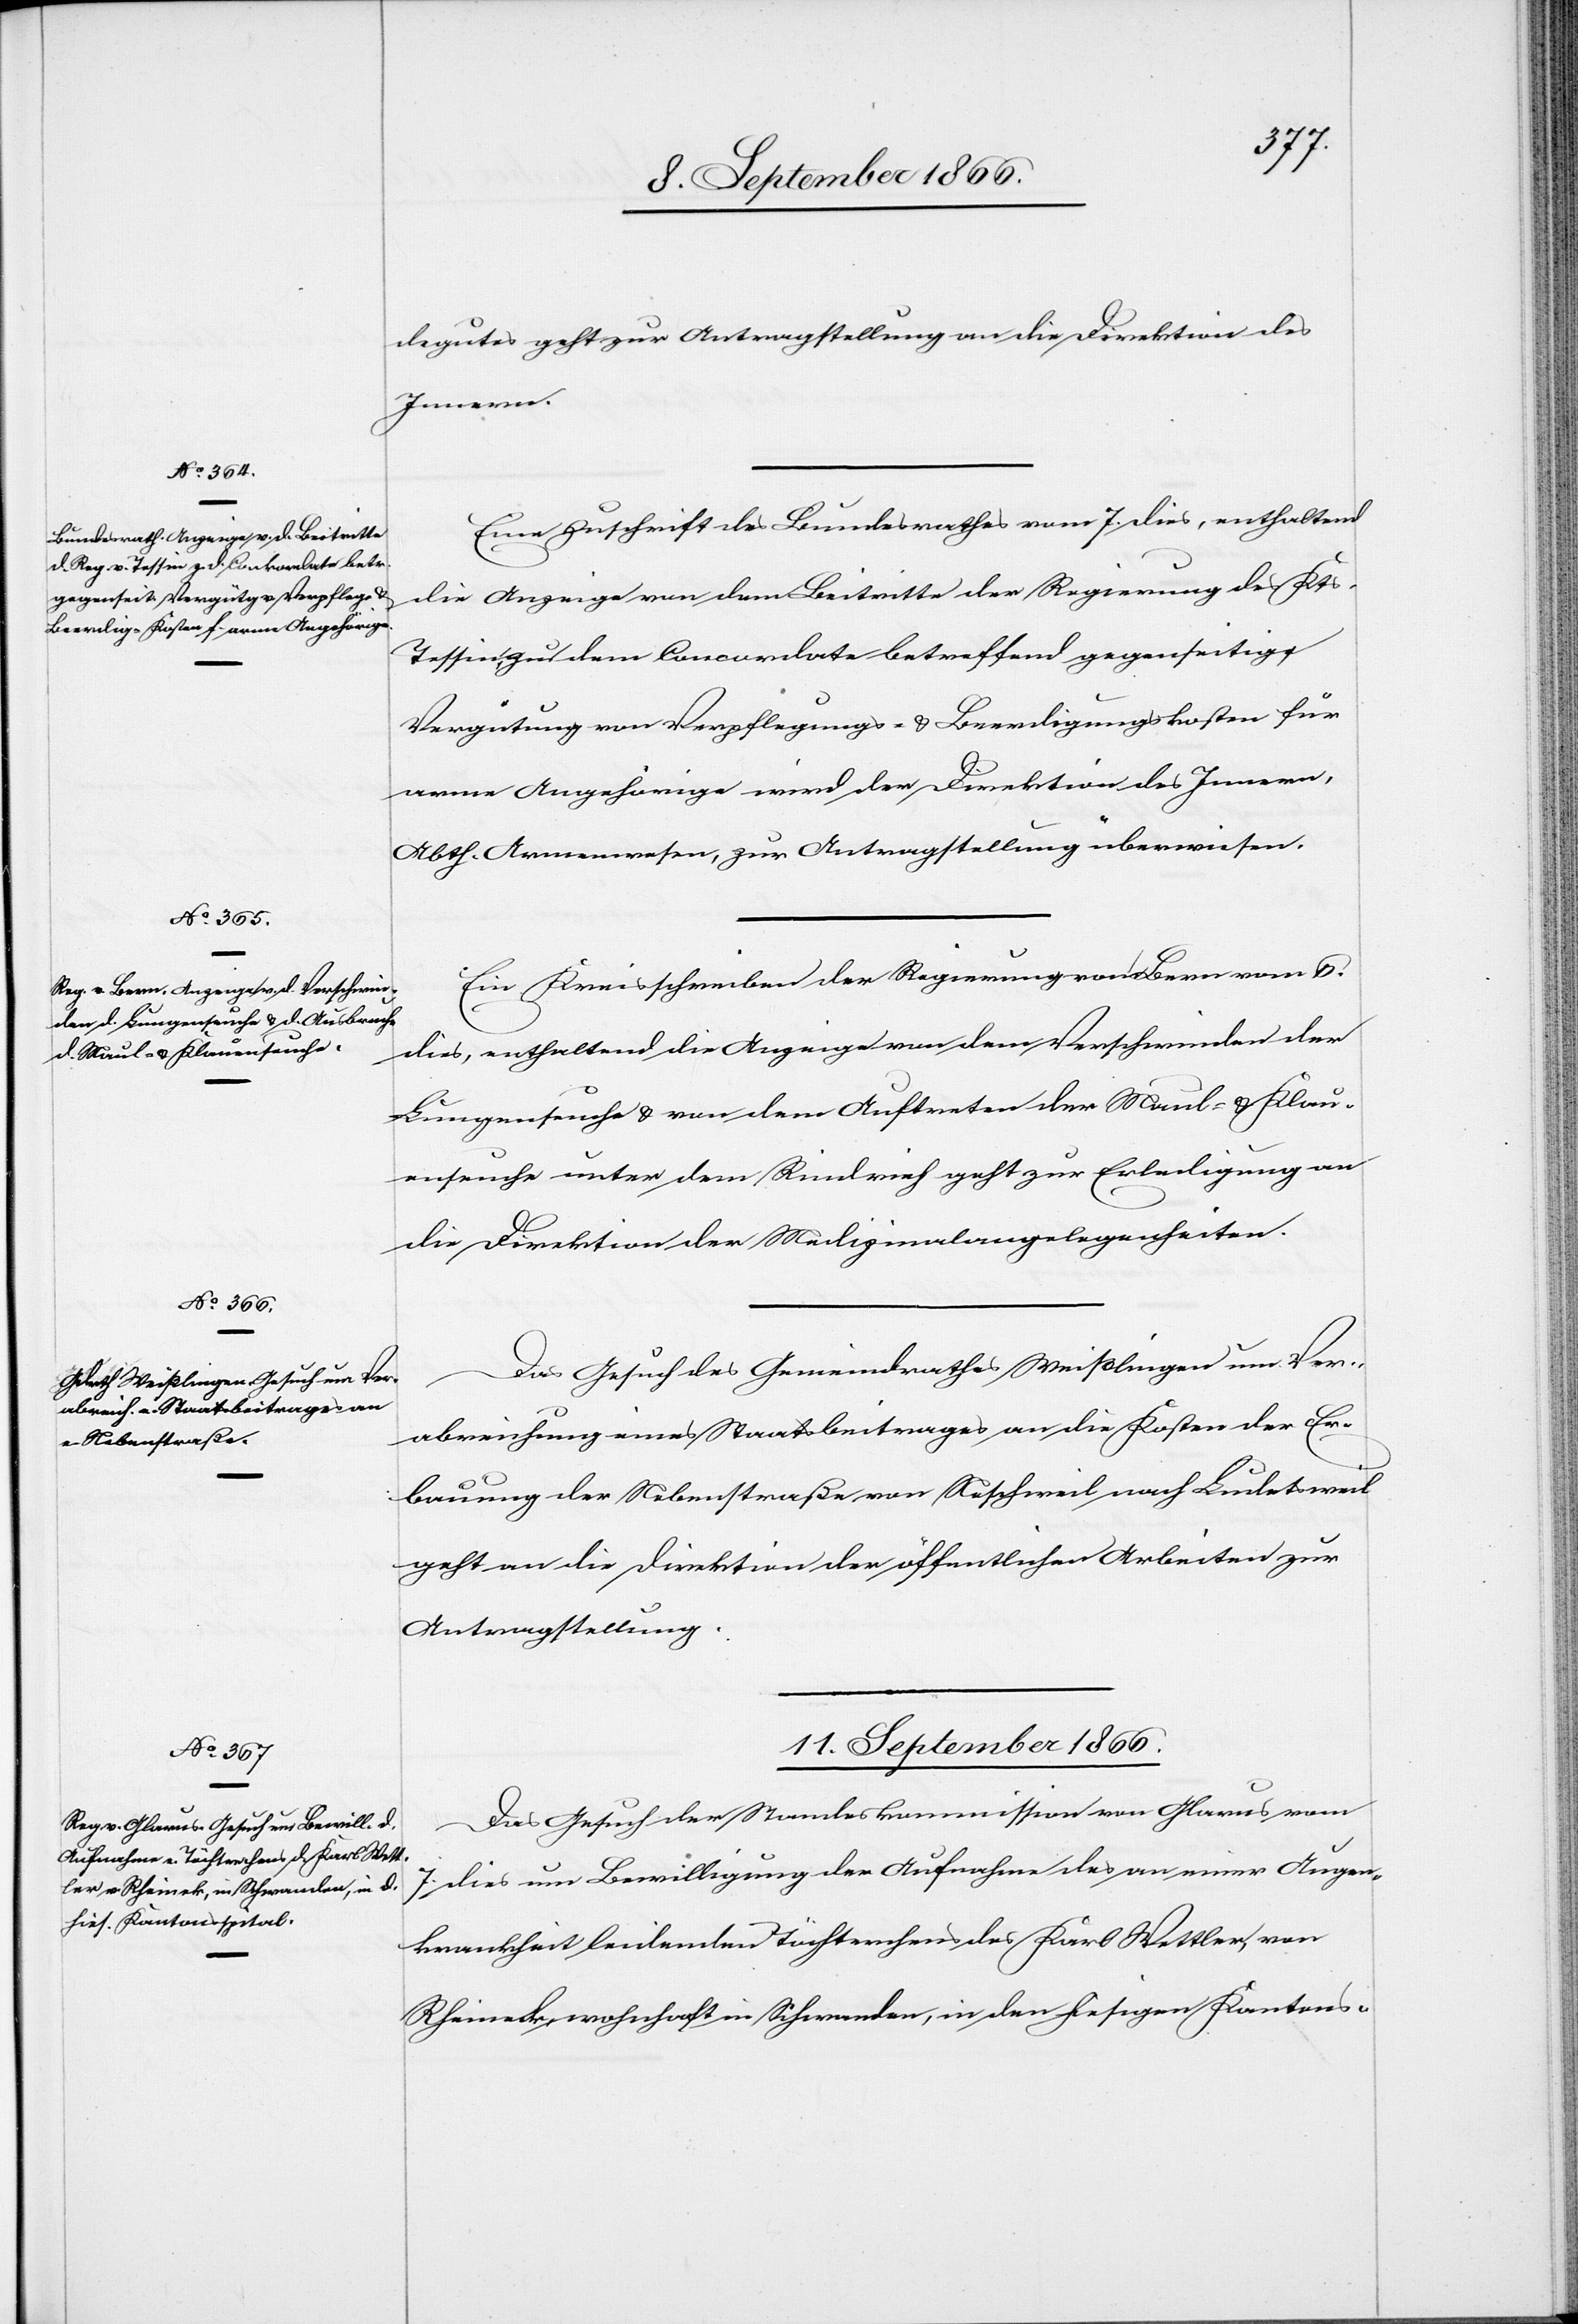
9. September 1866.]
degutes geht zur Antragstellung an die Direktion des
Innern.
Eine Zuschrift des Bundesrathes vom 7. dies, enthaltend
die Anzeige von dem Beitritte der Regierung des Kts.
Tessin zu dem Concordate betreffend gegenseitige
Vergütung von Verpflegungs- u. Beerdigungskosten für
arme Angehörige wird der Direktion des Innern,
Abth. Armenwesen, zur Antragstellung überwiesen.
Ein Kreisschreiben der Regierung von Bern vom 6.
dies, enthaltend die Anzeige von dem Verschwinden der
Lungenseuche u. von dem Auftreten der Maul- u. Klau¬
enseuche unter dem Rindvieh geht zur Erledigung an
die Direktion der Medizinalangelegenheiten.
Das Gesuch des Gemeindrathes Winterthur um Ver¬
abreichung eines Staatsbeitrages an die Kosten der Er¬
bauung der Nebenstraße von Neschweil nach Ludetsweil
geht an die Direktion der öffentlichen Arbeiten zur
Antragstellung.
11. September 1866.
Das Gesuch der Standeskommission von Glarus vom
7. dies um Bewilligung der Aufnahme des an einer Augen¬
krankheit leidenden Töchterchens des Karl Wettler, von
Rheineck, wohnhaft in Schwanden, in den hiesigen Kantons-